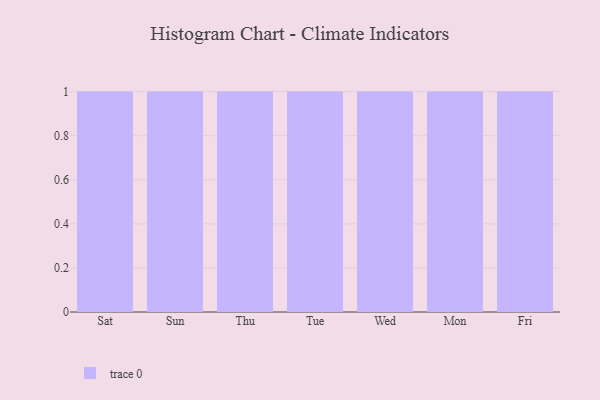
{"axis": {"x": "Day", "y": "Customer Acquisition Cost (USD)"}, "legend": [""], "data": [{"x": "Sat", "y": 75, "type": ""}, {"x": "Sun", "y": 100, "type": ""}, {"x": "Thu", "y": 19, "type": ""}, {"x": "Tue", "y": 61, "type": ""}, {"x": "Wed", "y": 92, "type": ""}, {"x": "Mon", "y": 36, "type": ""}, {"x": "Fri", "y": 3, "type": ""}]}